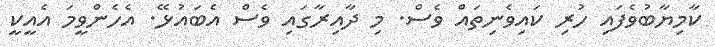
ކާމިޔާބުވެފައި ހުރި ކައިވެނިތައް ވެސް. މި ދާއިރާގައި ވެސް އެބައުޅޭ. އެހެންވީމަ އެއީކީ